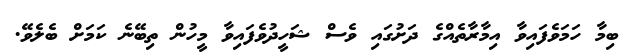
ބިމާ ހަމަވެފައިވާ އިމާރާތެއްގެ ދަށުގައި ވެސް ޝަހީދުވެފައިވާ މީހުން ތިބޭނެ ކަމަށް ބެލެވޭ.